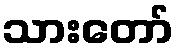
သားတော်